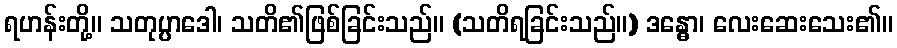
ရဟန်းတို့။ သတုပ္ပာဒေါ၊ သတိ၏ဖြစ်ခြင်းသည်။ (သတိရခြင်းသည်။) ဒန္ဓော၊ လေးဆေးသေး၏။